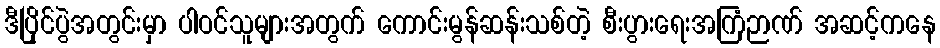
ဒီပြိုင်ပွဲအတွင်းမှာ ပါဝင်သူများအတွက် ကောင်းမွန်ဆန်းသစ်တဲ့ စီးပွားရေးအကြံဉာဏ် အဆင့်ကနေ